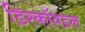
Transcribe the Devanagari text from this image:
डिस्कॉयडल